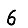
Digit: 6